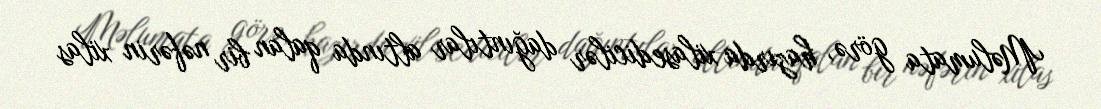
Məlumata görə, hazırda xilasedicilər dağıntılar altında qalan bir nəfərin xilas